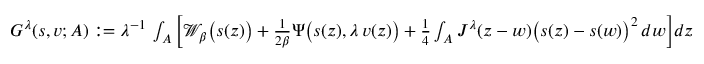
\begin{array} { r } { G ^ { \lambda } ( { s } , { v } ; A ) : = \lambda ^ { - 1 } \, \int _ { A } \Big [ \mathcal { W } _ { \beta } \big ( { s } ( z ) \big ) + \frac { 1 } { 2 \beta } \Psi \big ( { s } ( z ) , \lambda \, { v } ( z ) \big ) + \frac { 1 } { 4 } \int _ { A } J ^ { \lambda } ( z - w ) \big ( { s } ( z ) - { s } ( w ) \big ) ^ { 2 } \, d w \Big ] d z } \end{array}